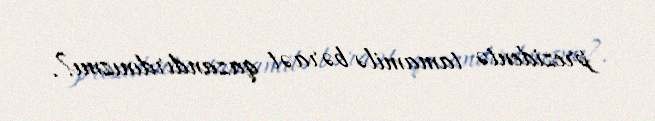
prezidentə tamamilə bəraət qazandırdınızmı?.